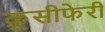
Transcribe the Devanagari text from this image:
क्रूसीफेरी